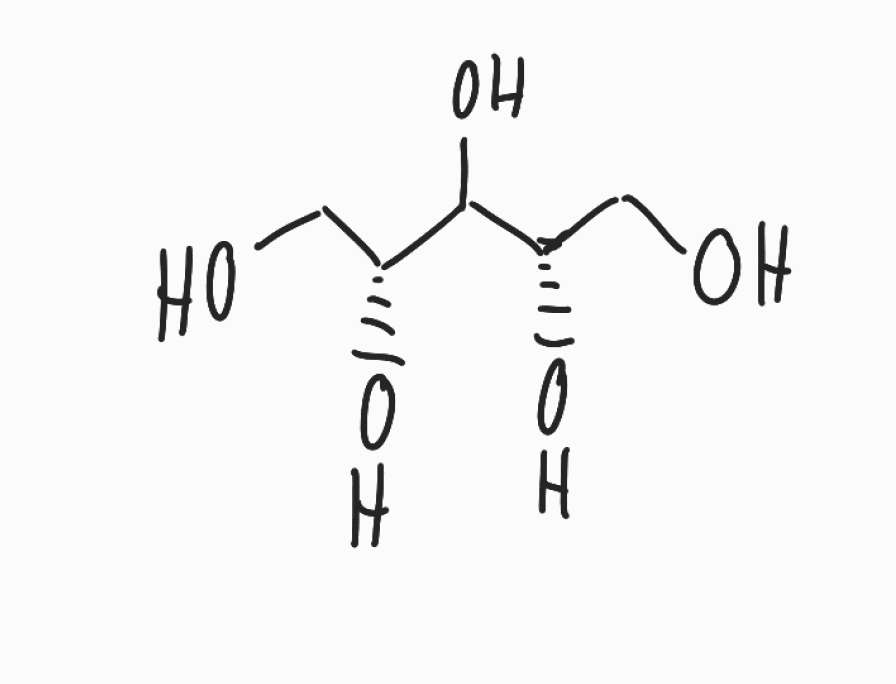
Simplified molecular-input line-entry system (SMILES) notation of the given molecule:
C([C@H](C([C@H](CO)O)O)O)O